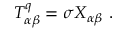
T _ { \alpha \beta } ^ { q } = \sigma X _ { \alpha \beta } \ .